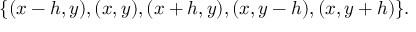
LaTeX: \{ ( x - h , y ) , ( x , y ) , ( x + h , y ) , ( x , y - h ) , ( x , y + h ) \} .